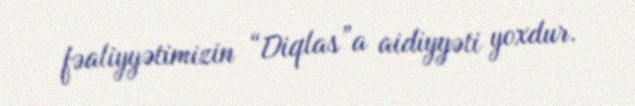
fəaliyyətimizin “Diqlas”a aidiyyəti yoxdur.